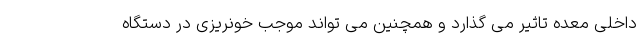
داخلی معده تاثیر می گذارد و همچنین می تواند موجب خونریزی در دستگاه